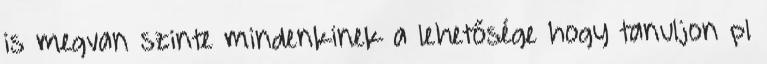
is megvan szinte mindenkinek a lehetősége hogy tanuljon pl